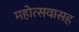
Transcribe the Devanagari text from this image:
महोत्सवासह